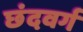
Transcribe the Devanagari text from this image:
छंदवर्ग